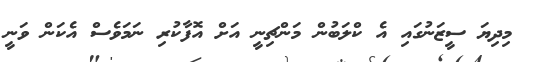
މިދިޔަ ސީޒަނުގައި އެ ކްލަބުން މަންޗިނީ އަށް އޮފާކުރި ނަމަވެސް އެކަން ވަނީ